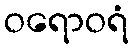
ဝရောဝရံ